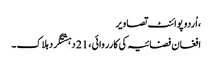
، اُردو پوائنٹ تصاویر
افغان فضائیہ کی کارروائی ، 21 دہشتگرد ہلاک ۔